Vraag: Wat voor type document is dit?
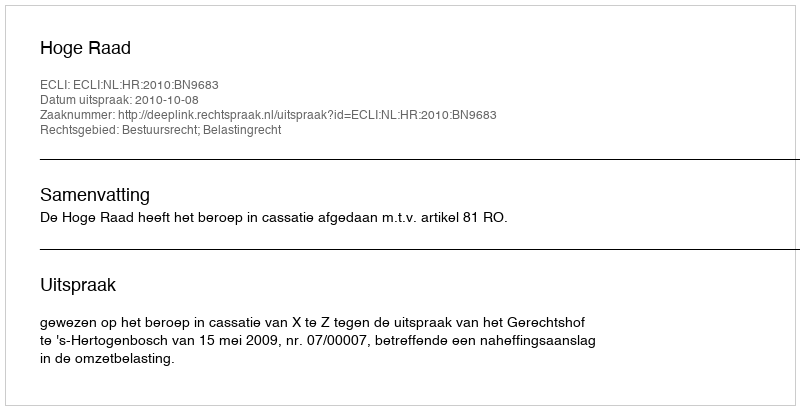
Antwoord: Uitspraak